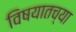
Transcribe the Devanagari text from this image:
विषयातच्या